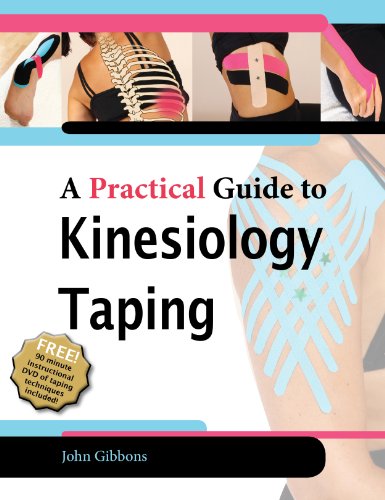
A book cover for A Practical Guide to Kinesiology Taping (With DVD); John Gibbons; Medical Books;